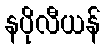
နပိုလီယန်